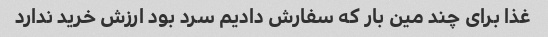
غذا برای چند مین بار که سفارش دادیم سرد بود ارزش خرید ندارد